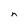
Character: n